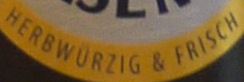
HERBWURZIG & FRISCH